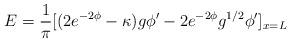
LaTeX: \begin{align*}E={1 \over \pi}[(2e^{-2\phi}-\kappa )g\phi'-2e^{-2\phi}g^{1/2}\phi' ]_{x=L}\end{align*}